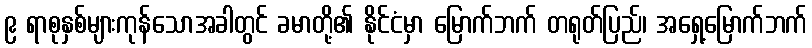
၉ ရာစုနှစ်များကုန်သောအခါတွင် ခမာတို့၏ နိုင်ငံမှာ မြောက်ဘက် တရုတ်ပြည်၊ အရှေ့မြောက်ဘက်